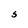
Character: S